Civil Veterinary Dept. Bombay admin report 1893-99 - 1893-1899
Year: 1893
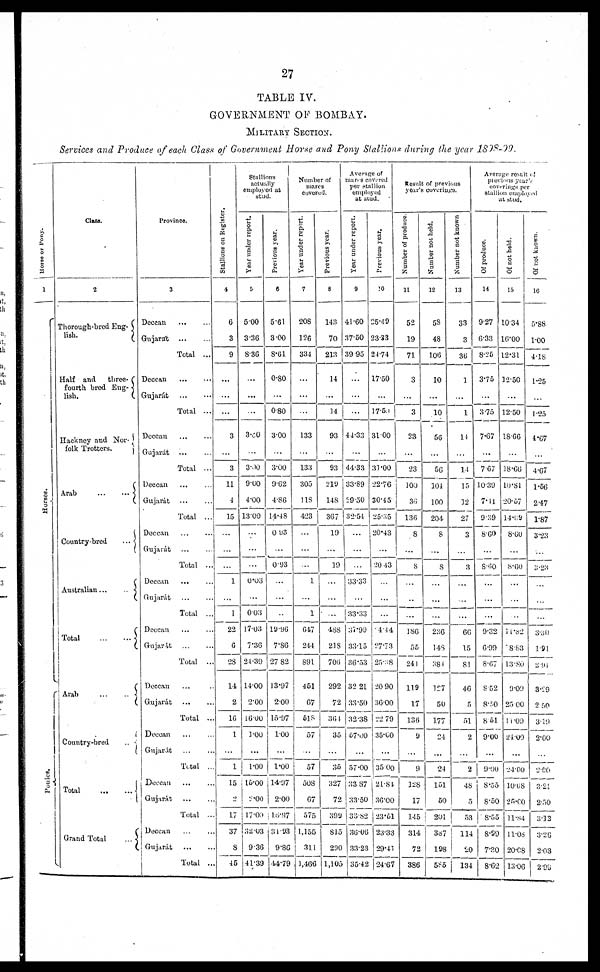
27
TABLE IV.
GOVERNMENT OF BOMBAY.
MILITARY SECTION.
Services and Produce of each Class of Government Horse and Pony Stallions during the year 1898-99.
Hor s e or Pony.
1
Hor s es .
Ponies.
Class.
2
Thorough-bred Eng¬
lish.
Half and
three-
fourth bred Eng-
lish.
Hackney and Nor¬
folk Trotters.
Arab
...
...
Country-bred
...
Australian
...
..
Total
...
...
Arab
...
..
Country-bred
..
Total
...
...
Grand Total
...
Province.
3
Deccan
...
...
Gujarát ... ...
Total ...
Deccan
...
...
Gujarát ... ...
Total ...
Deccan
...
...
Gujarát ... ...
Total ...
Deccan ... ...
Gujarát
...
...
Total ...
Deccan
...
...
Gujarát
...
...
Total ...
Deccan
...
...
Gujarát
...
...
Total ...
Deccan ... ...
Gujarát
...
...
Total ...
Deccan ... ...
Gujarát ... ...
Total ...
Deccan ... ...
Gujarát ... ...
Total ...
Deccan
...
...
Gujarát
Total ...
Deccan ... ...
Gujarát ... ...
Total ...
Stallions on Register.
4
6
3
9
...
...
...
3
...
3
11
4
15
...
...
...
1
...
1
22
6
28
14
2
16
1
...
1
15
2
17
37
8
45
Stallions
actually
employed at
stud.
Year under report.
5
5.00
3.36
8.36
...
...
...
3.80
...
3.00
9.00
4.00
13.00
...
...
...
0.03
...
0.03
17.03
7.36
24.39
1400
2.00
16.00
1.00
...
1.00
15.00
2.00
17.00
32.03
9.36
41.39
Previous year.
6
5.61
3.00
8.61
0.80
...
0.80
3.00
...
3.00
9.62
4.86
14.48
0 93
...
0.93
...
...
..
19.96
7.86
27 82
13.97
200
15.97
100
...
1.00
114.97
2.00
16.37
34.93
9.86
44.79
Number of
mares
covered.
Year under report.
7
208
126
334
...
...
...
133
...
133
305
118
423
...
...
...
1
...
1
647
244
891
451
67
518
57
...
57
508
67
575
1,155
31.1
1,466
Previous year.
8
143
70
213
14
...
14
93
...
93
219
148
367
19
...
19
...
...
...
488
218
706
292
72
364
35
...
35
327
72
399
815
290
1,105
Average of
mares covered
per stallion
employed
at stud.
Year under report.
9
41.60
37.50
39 95
...
...
...
44.33
...
44.33
33.89
29.50
32.54
...
...
...
33.33
...
33.33
37.99
33.15
36.53
32 21
33.50
32.38
57.00
...
57.00
33 87
33.50
33.82
36.06
33.23
35.42
Previous year.
10
25.49
23.33
24.74
1750
...
17.54
31.00
...
31.00
22.76
30.45
25.35
20.43
...
20 43
...
...
...
4.44
27.73
25.38
20 90
36.00
22 79
35.00
...
35 00
21.84
36.00
23.51
23.33
29.41
24.67
Result of previous
year's coverings.
Number of produce.
11
52
19
71
3
...
3
23
...
23
100
36
136
8
...
8
...
...
...
186
55
241
119
17
130
9
...
9
128
17
145
314
72
386
Number not held.
12
58
48
106
10
...
10
56
...
56
104
100
204
8
...
8
...
...
...
236
148
384
127
50
177
24
...
24
151
50
201
387
198
585
Number not known
13
33
3
36
1
...
1
14
...
14
15
12
27
3
...
3
...
...
...
66
15
81
46
5
51
2
...
2
48
5
53
114
20
134
Average result of
previous year's
coverings per
stallion employed
at stud.
Of produce.
14
9.27
6.33
8.25
3.75
...
3.75
7.67
...
7.67
10.39
7.41
9.39
8.60
...
8.60
...
...
...
9.32
6.99
8.67
8.52
8.50
8.51
9.00
...
9.00
8.55
8.50
8.55
8.99
7.30
8.62
Of not held.
15
10.34
16.00
12.31
12.50
...
12.50
18.66
...
18.66
10.81
20.57
14.69
8.60
...
8.60
...
...
...
11.82
8.83
13.80
9.09
25 00
11.09
24.00
...
24.00
10.08
25.00
11.84
11.08
20.08
13.06
Of not known.
16
5.88
1.00
4.18
1.25
...
1.25
4.67
...
4.67
1.56
2.47
1.87
3.23
...
3.23
...
...
...
3.30
1.91
291
3.29
2 50
319
2.00
...
2.00
3.21
2.50
3.13
3.26
2.03
2.99